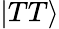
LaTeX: |TT\rangle